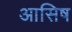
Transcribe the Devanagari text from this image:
आसिष